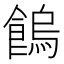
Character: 𩝷